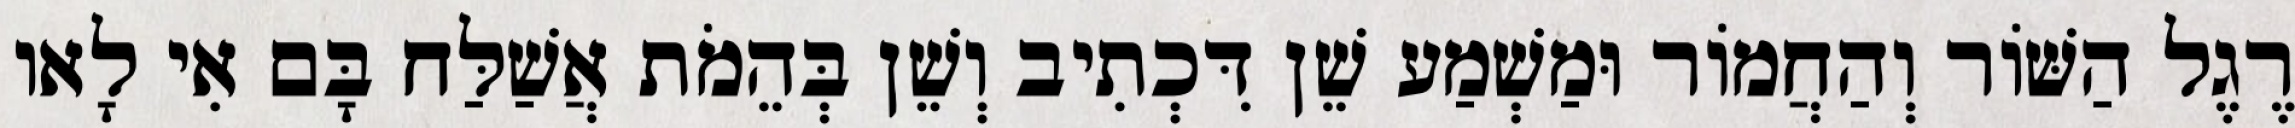
רֶגֶל הַשּׁוֹר וְהַחֲמוֹר וּמַשְׁמַע שֵׁן דִּכְתִיב וְשֵׁן בְּהֵמֹת אֲשַׁלַּח בָּם אִי לָאו